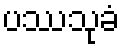
ပဿသုခံ